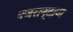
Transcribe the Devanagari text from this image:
नजरान्दाज